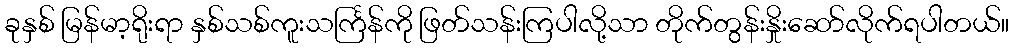
ခုနှစ် မြန်မာ့ရိုးရာ နှစ်သစ်ကူးသင်္ကြန်ကို ဖြတ်သန်းကြပါလို့သာ တိုက်တွန်းနှိုးဆော်လိုက်ရပါတယ်။